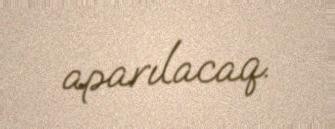
aparılacaq.